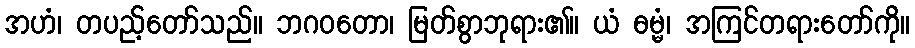
အဟံ၊ တပည့်တော်သည်။ ဘဂဝတော၊ မြတ်စွာဘုရား၏။ ယံ ဓမ္မံ၊ အကြင်တရားတော်ကို။